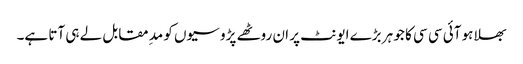
بھلا ہو آئی سی سی کا جو ہر بڑے ایونٹ پر ان روٹھے پڑوسیوں کو مد ِمقابل لے ہی آتا ہے۔